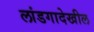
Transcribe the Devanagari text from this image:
लांडगादेखील